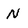
Character: N